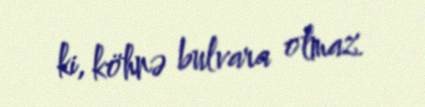
ki, köhnə bulvara olmaz.